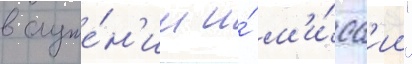
в служе́н'ии и́ м'и́сс'ии"